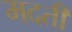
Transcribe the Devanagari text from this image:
मदती